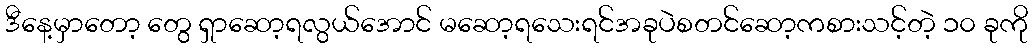
ဒီနေ့မှာတော့ တွေ ရှာဆော့ရလွယ်အောင် မဆော့ရသေးရင်အခုပဲစတင်ဆော့ကစားသင့်တဲ့ ၁၀ ခုကို